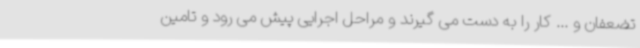
تضعفان و ... کار را به دست می گیرند و مراحل اجرایی پیش می رود و تامین